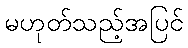
မဟုတ်သည့်အပြင်